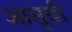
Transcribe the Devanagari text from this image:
आसूची